Leaving Certificate, 1901
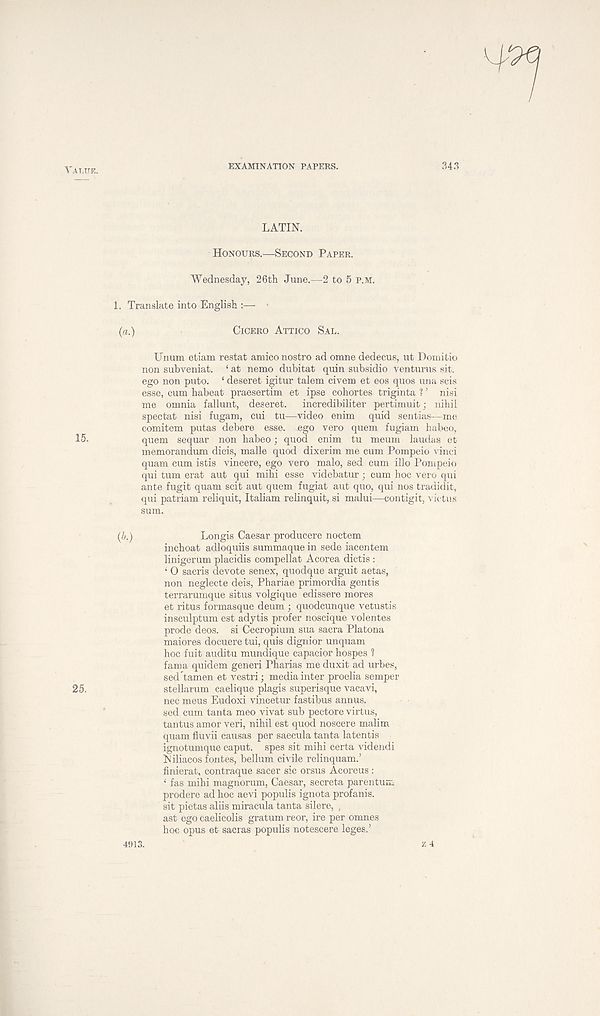
TALUK.
EXAMINATION PAPERS.
343
LATIN.
HONOURS.—SECOND PAPER.
Wednesday, 26th June.—2 to 5 P.M.
1. Translate into English :— ■
CICERO ATTICO SAL.
Unum etiam restat amico nostro ad omne dedecus, ut Domitio
non suhveniat. ‘ at nemo dubitat quin subsidio venturus sit.
ego non puto. ‘ deseret igitur talem civem et eos quos una scis
esse, cum habeat praesertim et ipse cohortes triginta ? ’ nisi
me omnia fallunt, deseret.
incredibiliter pertimuit; nihil
spectat nisi fugam, cui tu—video enim quid sentias—me
comitem putas debere esse, ego vero quern fugiam habeo,
quern sequar non habeo; quod enim tu meum laudas et
memorandum dicis, malle quod dixerim me cum Pompeio vinci
quam cum istis vincere, ego vero malo, sed cum illo Pompeio
qui turn erat aut qui mihi esse videbatur ; cum hoc vero qui
ante fugit quam scit aut quern fugiat aut quo, qui nos tradidit,
qui patriam reliquit, Italiam relinquit, si malui—contigit, victus
sum.
Longis Caesar producere noctem
inchoat adloquiis summaque in sede iacentem
linigerum placidis compellat Acorea dictis :
‘ 0 sacris devote senex, quodque arguit aetas,
non neglecte deis, Phariae primordia gentis
terrarumque situs volgique edissere mores
et ritus formasque deum ; quodcunque vetustis
insculptum est adytis profer noscique volentes
prode deos. si Cecropium sua sacra Platona
maiores docuere tui, quis dignior unquam
hoc fuit auditu mundique capacior hospes 1
fama quidem generi Pharias me duxit ad urbes,
sed tamen et vestri; media inter proelia semper
25.
stellarum caelique plagis superisque vacavi,
nec meus Eudoxi vincetur fastibus annus,
sed cum tanta meo vivat sub pectore virtus,
tantus amor veri, nihil est quod noscere malim
quam fluvii causas per saecula tanta latentis
ignotumque caput, spes sit mihi certa videndi
Niliacos fontes, helium civile rclinquant.’
finierat, contraque sacer sic orsus Acoreus :
‘ fas mihi magnorum, Caesar, secreta parentum
prodere ad hoc aevi populis ignota profanis.
sit pietas altis miracula tanta silere, ,
ast ego caelicolis gratum reor, ire per omnes
hoc opus et sacras populis notescere leges.’
(a.)
15,
{b.)
4913.